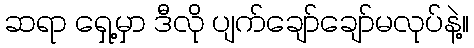
ဆရာ ရှေ့မှာ ဒီလို ပျက်ချော်ချော်မလုပ်နဲ့။